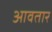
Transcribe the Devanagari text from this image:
आवतार